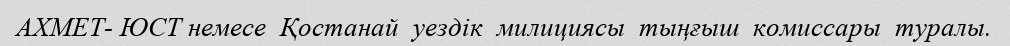
АХМЕТ- ЮСТ немесе  Қостанай  уездік  милициясы  тыңғыш  комиссары  туралы.